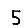
Digit: 5